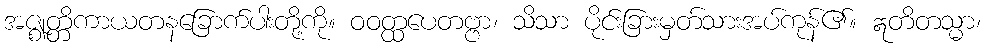
အဇ္ဈတ္တိကာယတနခြောက်ပါးတို့ကို။ ဝဝတ္ထပေတဗ္ဗာ၊ သိသာ ပိုင်းခြားမှတ်သားအပ်ကုန်၏။ ဣတိတသ္မာ၊